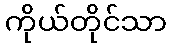
ကိုယ်တိုင်သာ